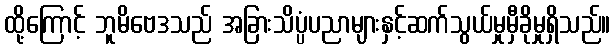
ထို့ကြောင့် ဘူမိဗေဒသည် အခြားသိပ္ပံပညာများနှင့်ဆက်သွယ်မှုမှီခိုမှုရှိသည်။